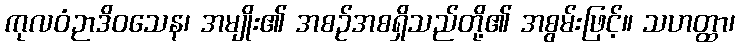
ကုလဝံဉာဒိဝသေန၊ အမျိုး၏ အစဉ်အစရှိသည်တို့၏ အစွမ်းဖြင့်။ သဟတ္ထာ၊